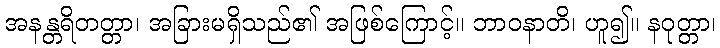
အနန္တရိတတ္တာ၊ အခြားမရှိသည်၏ အဖြစ်ကြောင့်။ ဘာဝနာတိ၊ ဟူ၍။ နဝုတ္တာ၊